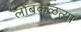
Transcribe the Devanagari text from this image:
लोंबकळत्या